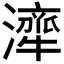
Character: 𤁜